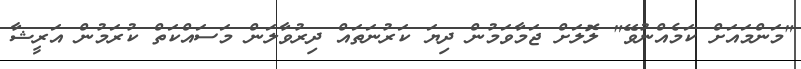
"މަންމައަށް ކަމެއްނުވޭ" ލޮލަށް ޖަމާވަމުން ދިޔަ ކަރުނަތައް ދިރުވާލަން މަސައްކަތް ކުރަމުން އަރީޝާ